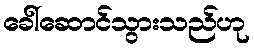
ခေါ်ဆောင်သွားသည်ဟု